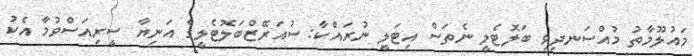
މައުލޫމާތު މުއްސަނދިވި ބަލޮޓެލީ ނެތަސް އިޓަލީ ނުރައްކާ: ސުއަރޭޒްބަލޮޓެލީގެ އަނިޔާ ސީރިއަސްވުމާ އެކު